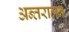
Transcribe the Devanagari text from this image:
अन्तरालन